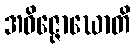
အဝိဇ္ဇောဃောတိ